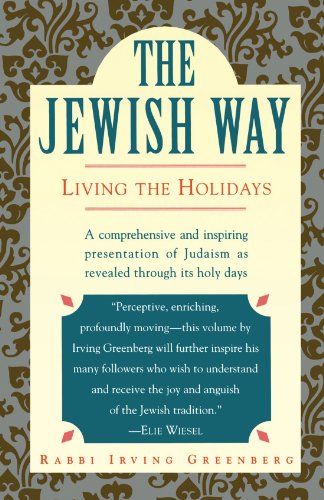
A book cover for The Jewish Way: Living the Holidays; Irving Greenberg; Religion & Spirituality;